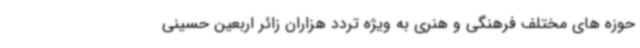
حوزه های مختلف فرهنگی و هنری به ویژه تردد هزاران زائر اربعین حسینی